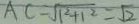
A C = \sqrt { 1 ^ { 2 } + 1 ^ { 2 } } = \sqrt { 2 }